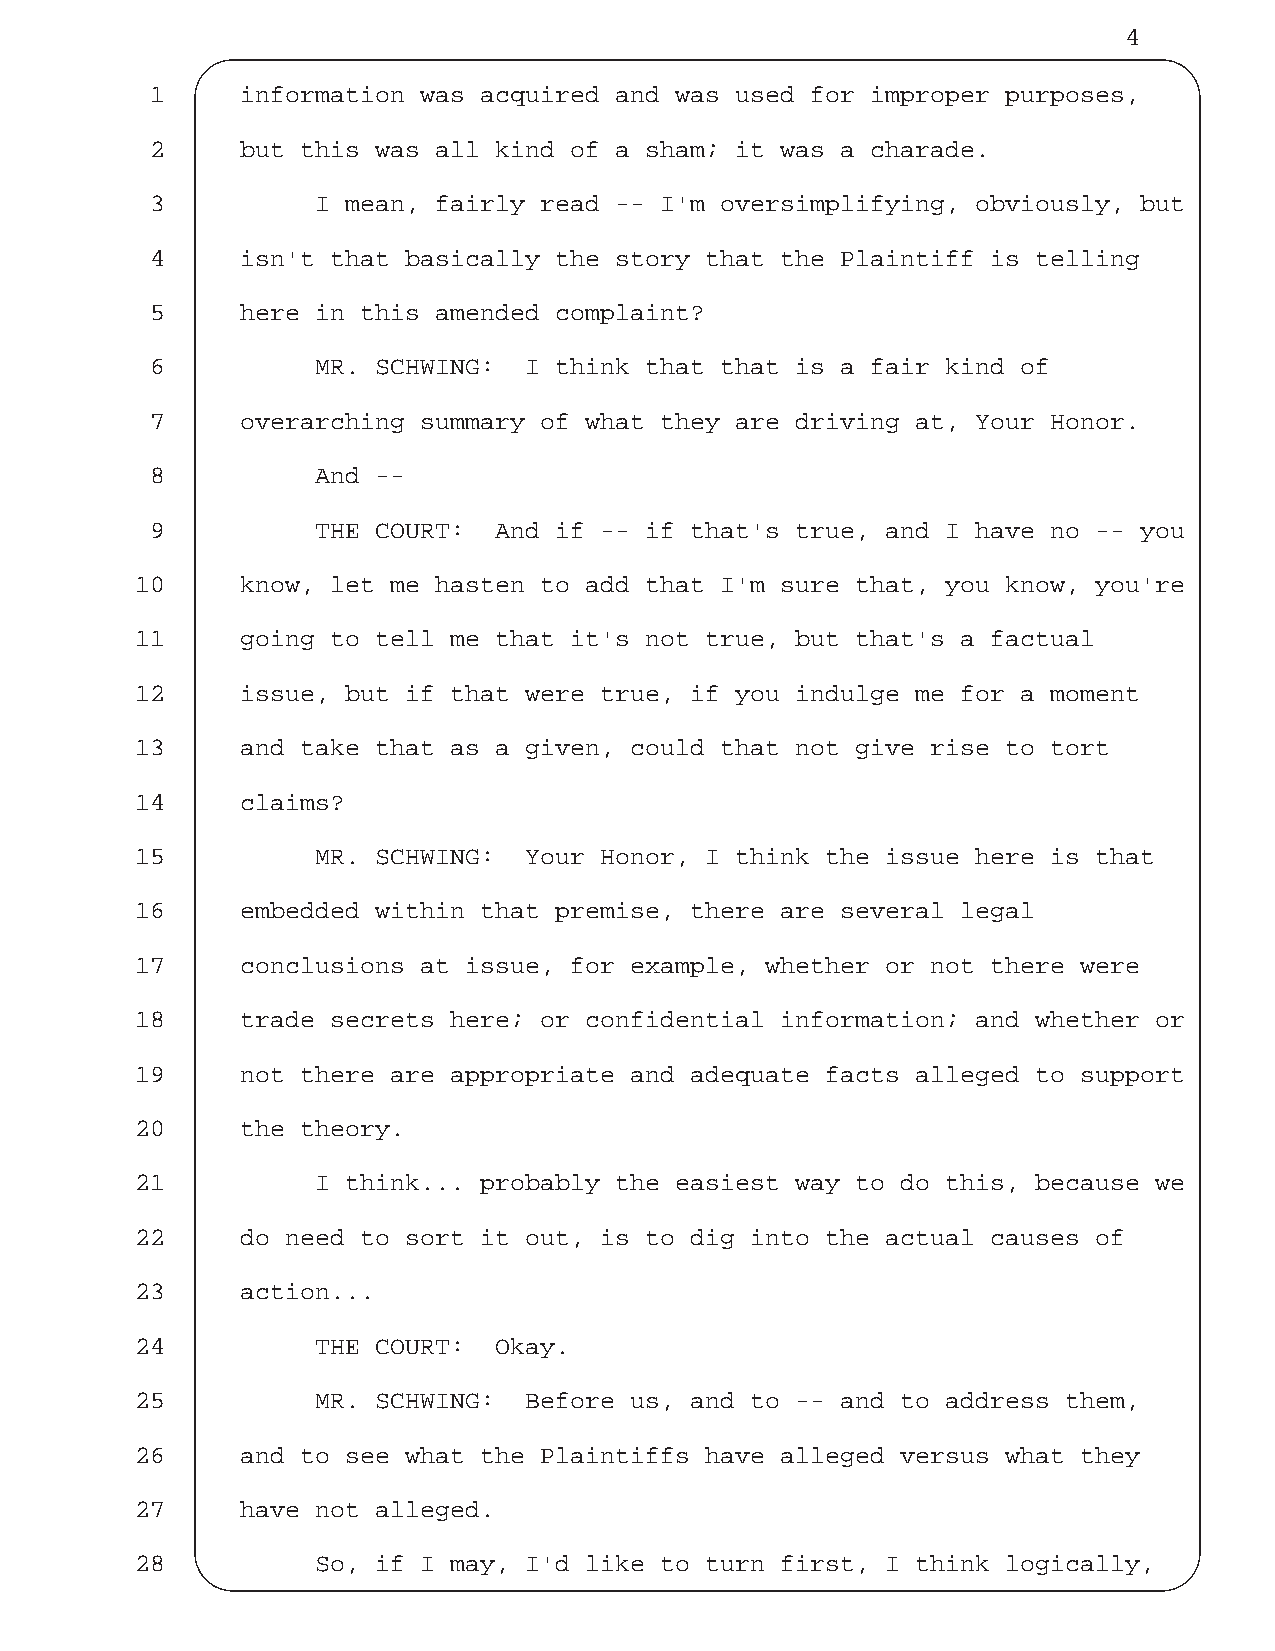
4
 1     information was acquired and was used for improper purposes,
 2     but this was all kind of a sham; it was a charade.
 3          I mean, fairly read -- I'm oversimplifying, obviously, but
 4     isn't that basically the story that the Plaintiff is telling
 5     here in this amended complaint?
 6          MR. SCHWING:  I think that that is a fair kind of
 7     overarching summary of what they are driving at, Your Honor.
 8          And --
 9          THE COURT:  And if -- if that's true, and I have no -- you
 10     know, let me hasten to add that I'm sure that, you know, you're
 11     going to tell me that it's not true, but that's a factual
 12     issue, but if that were true, if you indulge me for a moment
 13     and take that as a given, could that not give rise to tort
 14     claims?
 15          MR. SCHWING:  Your Honor, I think the issue here is that
 16     embedded within that premise, there are several legal
 17     conclusions at issue, for example, whether or not there were
 18     trade secrets here; or confidential information; and whether or
 19     not there are appropriate and adequate facts alleged to support
 20     the theory.
 21          I think... probably the easiest way to do this, because we
 22     do need to sort it out, is to dig into the actual causes of
 23     action...
 24          THE COURT:  Okay.
 25          MR. SCHWING:  Before us, and to -- and to address them,
 26     and to see what the Plaintiffs have alleged versus what they
 27     have not alleged.
 28          So, if I may, I'd like to turn first, I think logically,